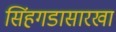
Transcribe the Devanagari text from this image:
सिंहगडासारखा